Civil Veterinary Dept. Bombay admin report 1923-31 - 1923-1931
Year: 1923
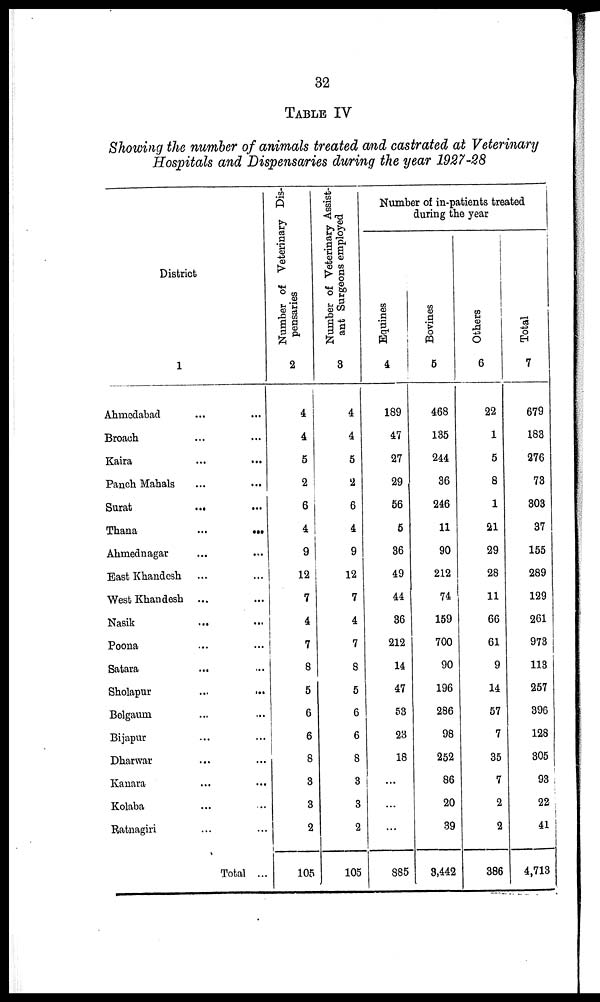
32
TABLE IV
Showing the number of animals treated and castrated at Veterinary
Hospitals and Dispensaries during the year 1927-28
District
1
Ahmedabad ... ...
Broach ... ...
Kaira ... ...
Panch Mahals ... ...
Surat
... ...
Thana
...
...
Ahmednagar ... ...
East Khandesh ... ...
West Khandesh ... ...
Nasik ... ...
Poona ... ...
Satara ... ...
Sholapur ... ...
Bolgaum ... ...
Bijapur ... ...
Dharwar ... ...
Kanara ... ...
Kolaba ... ...
Ratnagiri ... ...
Total ...
Number of Veterinary Dis-
pensaries
2
4
4
5
2
6
4
9
12
7
4
7
8
5
6
6
8
3
3
2
105
Number of Veterinary Assist-
ant Surgeons employed
3
4
4
5
2
6
4
9
12
7
4
7
8
5
6
6
8
3
3
2
105
Number of in-patients treated
during the year
Equines
4
189
47
27
29
56
5
36
49
44
36
212
14
47
53
23
18
...
...
...
885
Bovi ne s
5
468
135
244
36
246
11
90
212
74
159
700
90
196
286
98
252
86
20
39
3,442
Ot her s
6
22
1
5
8
1
21
29
28
11
66
61
9
14
57
7
35
7
2
2
386
Tot al
7
679
183
276
73
303
37
155
289
129
261
973
113
257
396
128
305
93
22
41
4,713